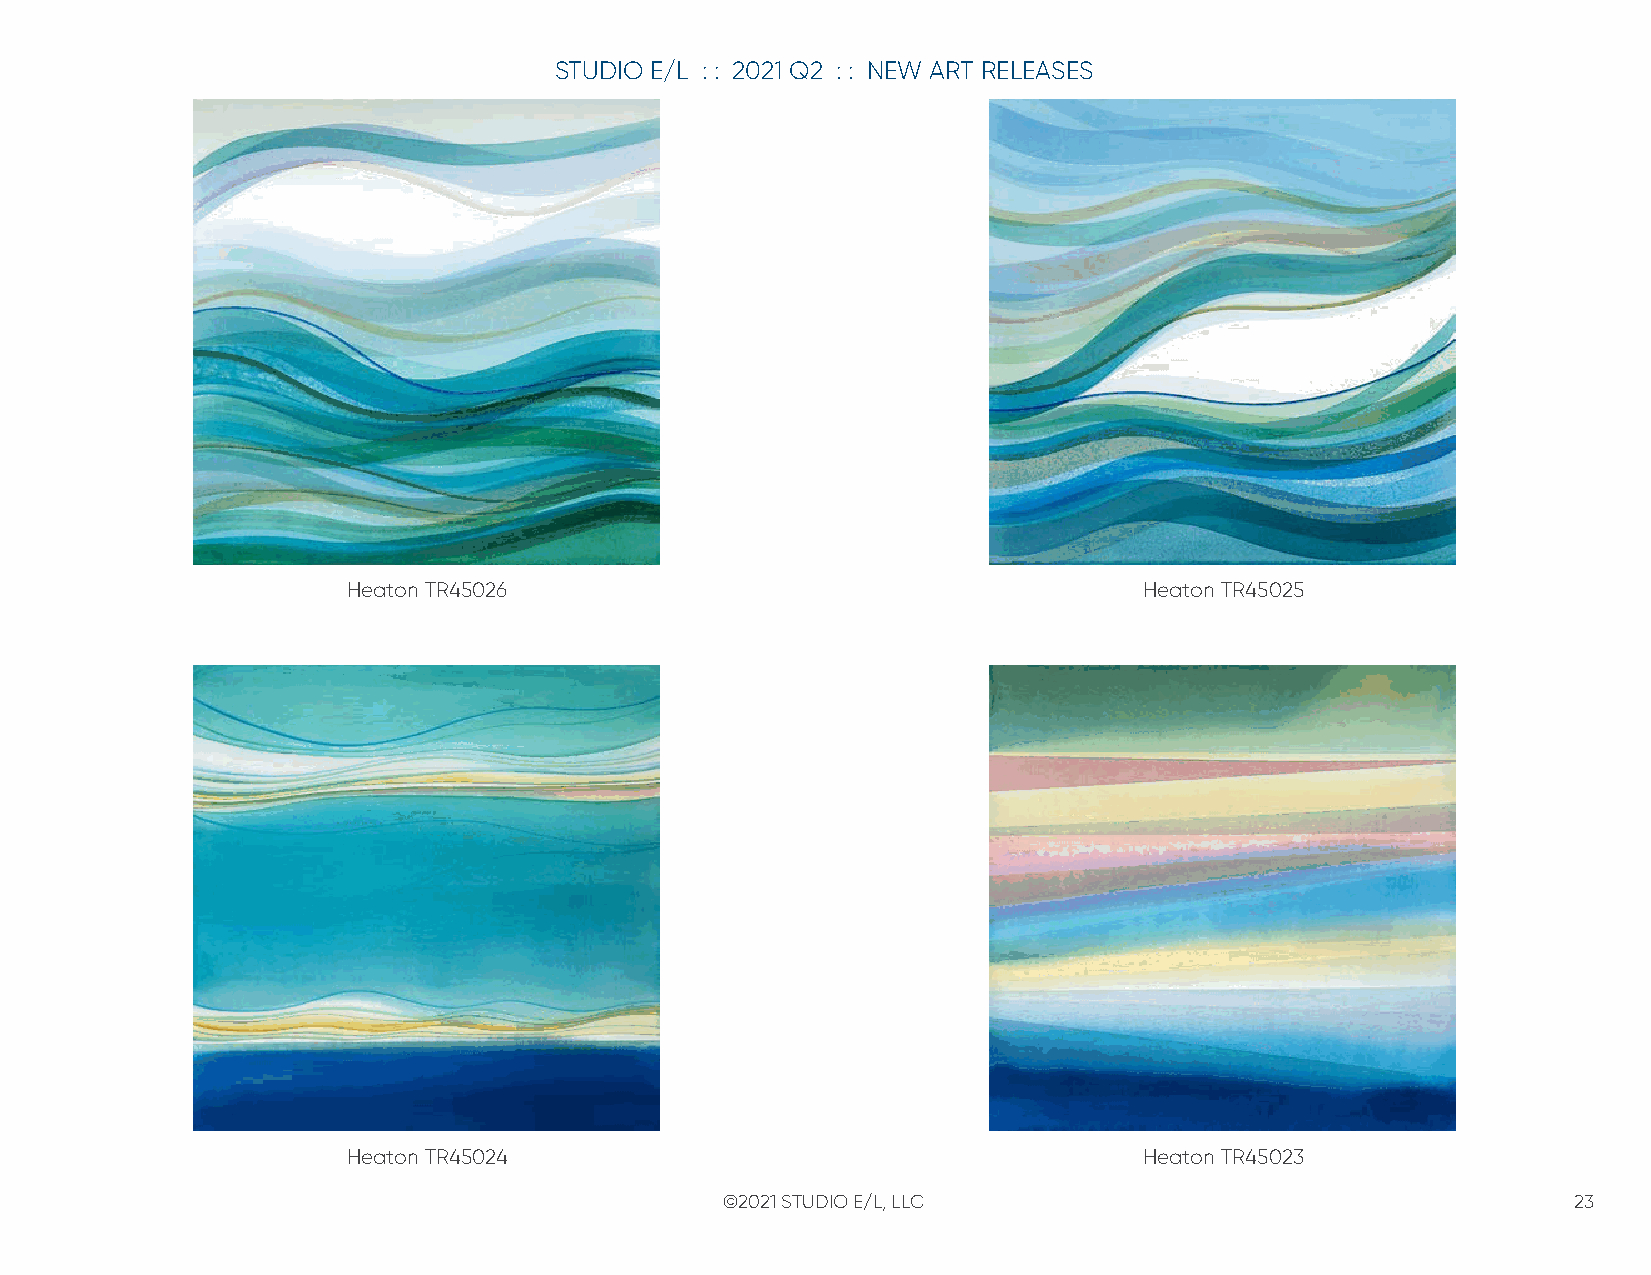
STUDIO E/L : : 2021 Q2 : : NEW ART RELEASES
 Heaton TR45026                                       Heaton TR45025
 Heaton TR45024                                       Heaton TR45023
 ©2021 STUDIO E/L, LLC                                   23